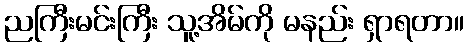
ညကြီးမင်းကြီး သူ့အိမ်ကို မနည်း ရှာရတာ။